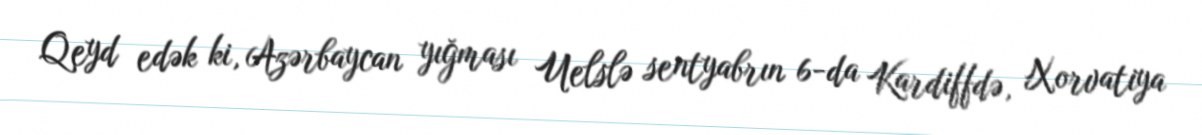
Qeyd edək ki, Azərbaycan yığması Uelslə sentyabrın 6-da Kardiffdə, Xorvatiya